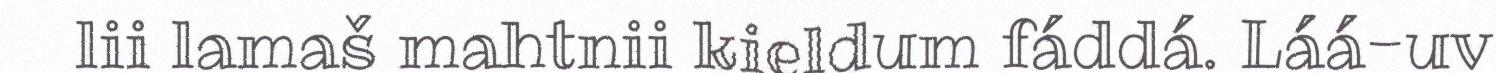
lii lamaš mahtnii kieldum fáddá. Láá-uv